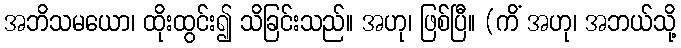
အဘိသမယော၊ ထိုးထွင်း၍ သိခြင်းသည်။ အဟု၊ ဖြစ်ပြီ။ (ကိံ အဟု၊ အဘယ်သို့